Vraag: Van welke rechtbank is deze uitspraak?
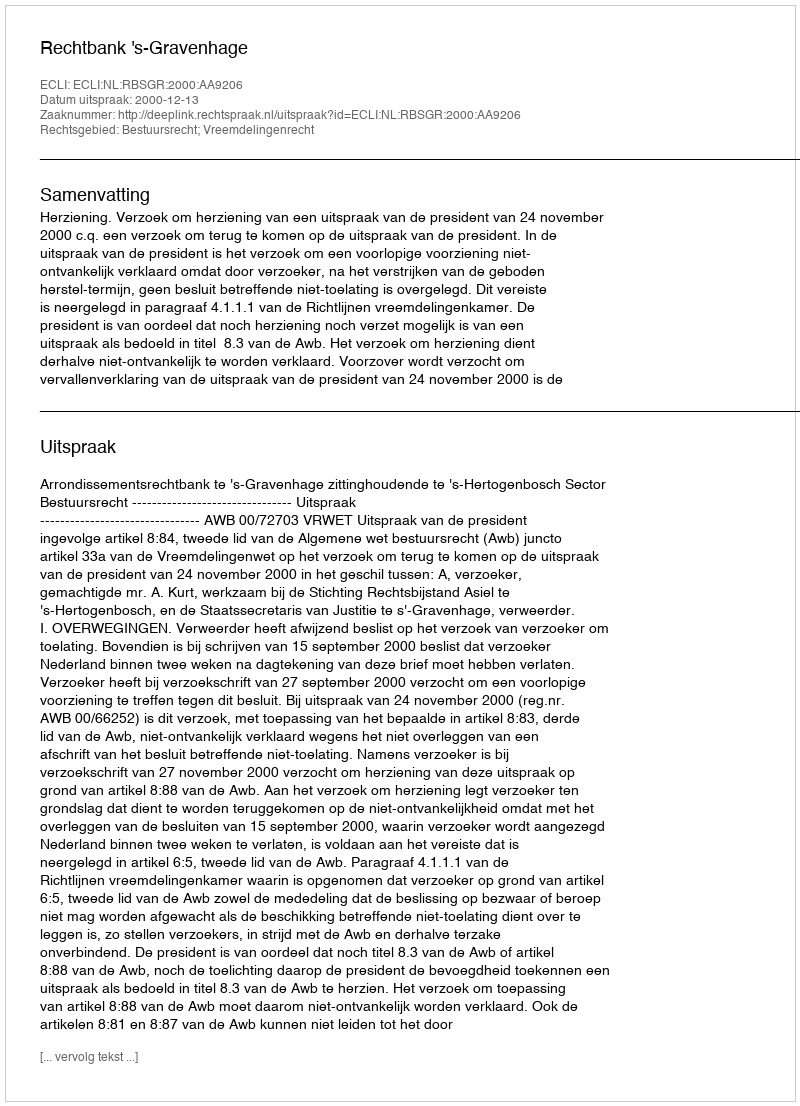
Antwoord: Rechtbank 's-Gravenhage